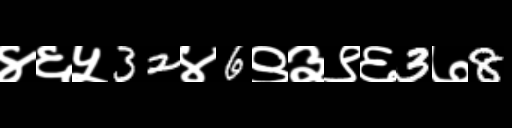
Text: ४६५32४6९३९६3७8